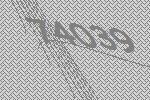
74039